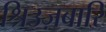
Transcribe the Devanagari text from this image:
श्रिउज़बारि